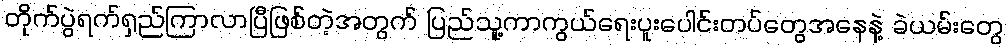
တိုက်ပွဲရက်ရှည်ကြာလာပြီဖြစ်တဲ့အတွက် ပြည်သူ့ကာကွယ်ရေးပူးပေါင်းတပ်တွေအနေနဲ့ ခဲယမ်းတွေ